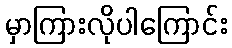
မှာကြားလိုပါကြောင်း